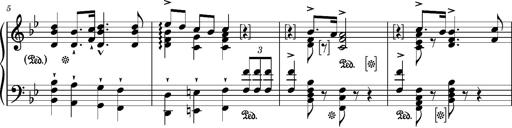
Title: Ungarischer Marsch
Composer: Friedrich Nietzsche